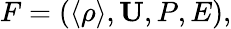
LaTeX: F=(\langle{\rho}\rangle,{\mathbf{U}},P,E),